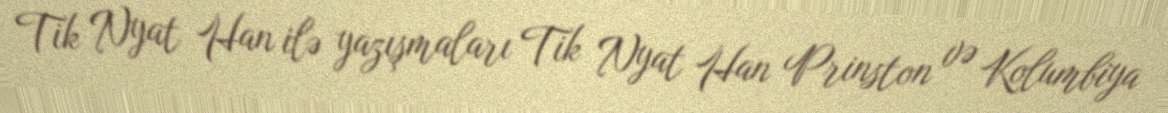
Tik Nyat Han ilə yazışmaları Tik Nyat Han Prinston və Kolumbiya